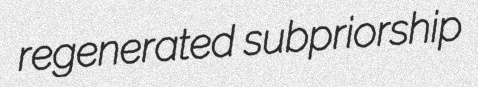
regenerated subpriorship